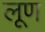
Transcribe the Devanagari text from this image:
लूण